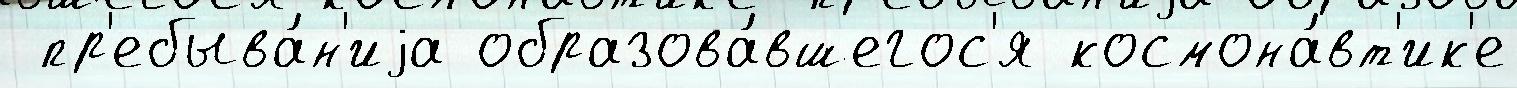
 пр'ебыва́н'иjа образова́вшегос'я космона́вт'ик'е